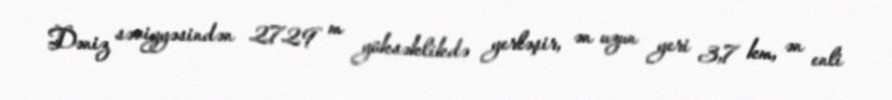
Dəniz səviyyəsindən 2729 m yüksəklikdə yerləşir, ən uzun yeri 3,7 km, ən enli